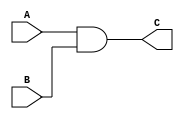
module MyAnd(input A,B, output C);


	assign C = A&B;   // C must be Wire , no Reg, 	inputs are always Wire



endmodule